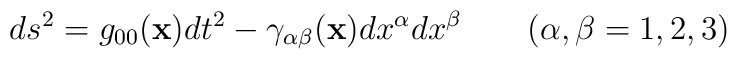
ds^2  = g_{00}({\bf x})dt^2 - \gamma_{\alpha \beta}({\bf x}) dx^\alpha dx^\beta \qquad (\alpha, \beta = 1,2,3)